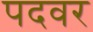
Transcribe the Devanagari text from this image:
पदवर